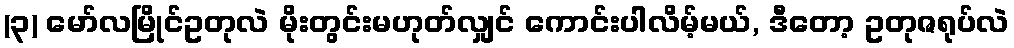
(၃) မော်လမြိုင်ဥတုလဲ မိုးတွင်းမဟုတ်လျှင် ကောင်းပါလိမ့်မယ်, ဒီတော့ ဥတုဇရုပ်လဲ